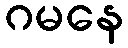
ဂမနေ